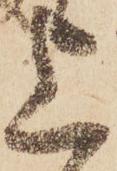
上